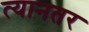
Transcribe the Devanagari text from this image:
त्यानतर